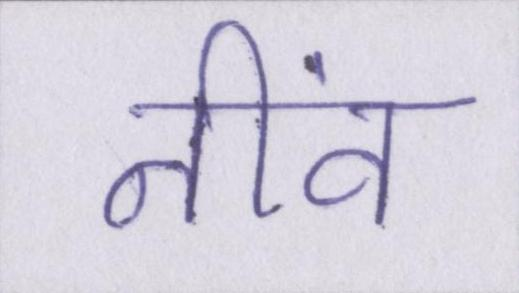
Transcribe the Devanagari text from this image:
नींव